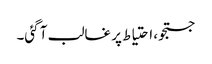
جستجو، احتیاط پر غالب آ گئی۔